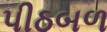
પીઠબળ